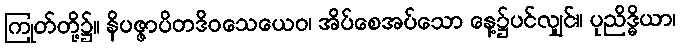
ကြုတ်တို့၌။ နိပဇ္ဇာပိတဒိဝသေယေဝ၊ အိပ်စေအပ်သော နေ့၌ပင်လျှင်။ ပုညိဒ္ဓိယာ၊